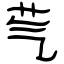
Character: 芞